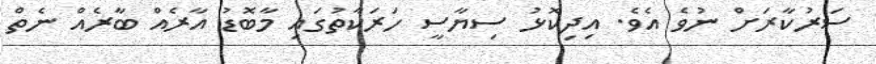
ސަރުކާރަށް ނުވެ އެވެ. އިދިކޮޅު ސިޔާސީ ހަރަކާތުގައި މާބޮޑު އާރެއް ބާރެއް ނެތް